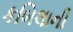
કબિલાની